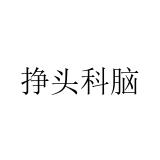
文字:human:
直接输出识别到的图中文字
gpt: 挣头科脑